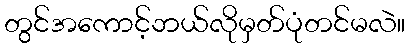
တွင်အကောင့်ဘယ်လိုမှတ်ပုံတင်မလဲ။